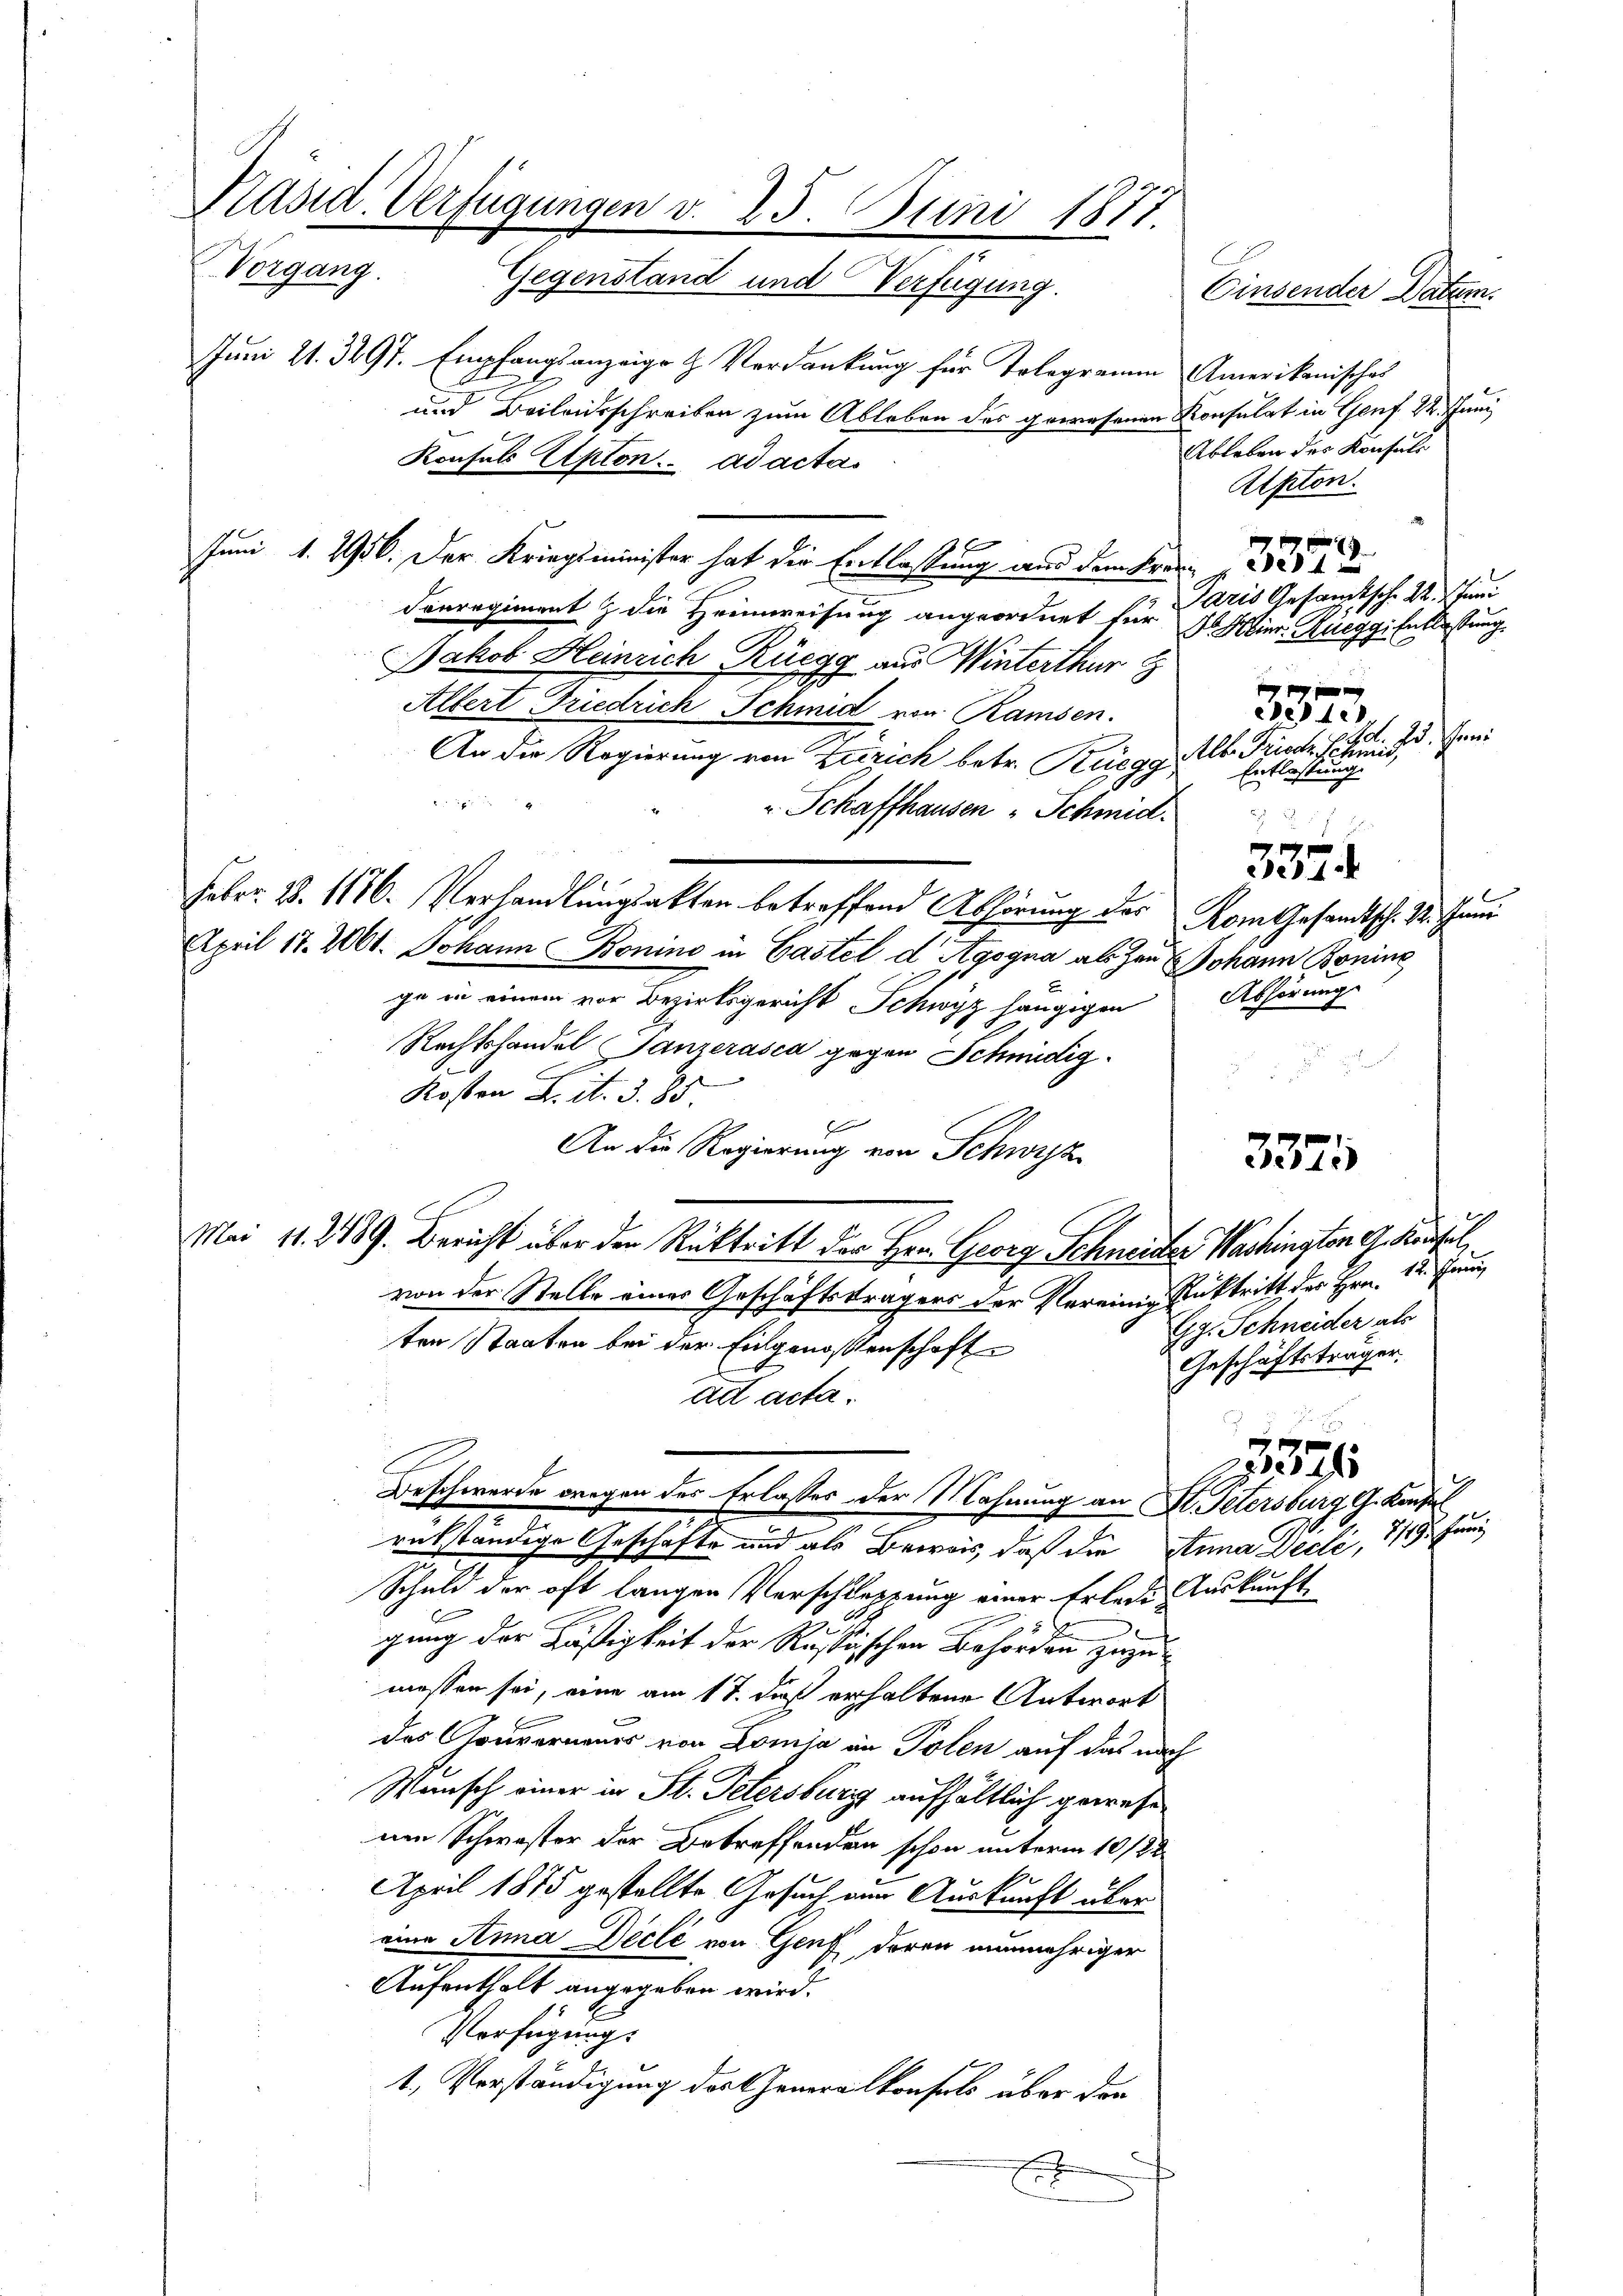
Präsid. Verfügungen v. 25. Juni 1871.
Vorgang. Gegenstand und Verfügung.
Juni 21. 397. Empfangsanzeige & Verdankung für Tologramm Amerikanisches
und Beileidsschreiben zum Ableben des gewesenen Konsulat in Genf 22. Juni
Konsuls Epton ad actas

Juni 1. 2956. Der Kriegsminister hat der Entlassung aus dem Krei
Derregiment & die Heimweisung angeordnet für Heinr. Rueggi Entlastung.
Jakob Heinrich Rüegg aus Winterthur
Albert Friedrich Schmid von Ramsen.
An die Regierung von Zürich betr. Rüegg,

" Schaffhausen Schmid.
Febr. 18. 1176. Verhandlungsakten betreffend Abhörung der Kom Gesandtsch. 24. Juni
April 17. 2061. Johann Bonino in Castel d Agogna als Zau Johann Bonine
2
ge in einem vor Bezirksgericht Schwyz hängigen
Rechtshandel Tanzerasca gegen Schnüdig
Kosten L. St. 3. 85.
x
An die Regierung von Schwyz
Mai 11. 2489. Bericht über der Rücktritt der Hrn. Georg Schneider Washington G. Kaufel
von der Stelle eines Geschäftsträgers der Vereinig Rücktritt des Hrn. 12. Juni
ten Staaten bei der Eingenossenschaft
ad acta.
Beschwerde wegen des Erlasses der Mahnung an Dr. Petersburg, G. Konse
rükständige Geschäfte und als Beweis, daß die Anna Dielé, 119. Juni
Schuld der oft langen Verschleppung einer Erleide Auskunft
5
gung der Kästigkeit der Russischen Behörden Herze
messen sei, eine am 17. daß erhaltene Antwort
des Gouverneurs von Domia an Polen auf das nach
Wunsch einer in St. Petersburg aufhältlich gewese
nen Schwester der Betreffenden schon unterm 10/22.
April 1875 gestellte Gesuch am Auskunft über
eine Anna Decle von Genf, deren nunmehriger
Aufenthalt angegeben wird.
Verfügung.
1., Verständigung des Generalkonfels über der
E
n

Einsender Datum.

Ableben des Konsuls
Apton.
Paris Gesamtsch. 22. Juni
3373.
F. Bd. Ihrer
Alb. Friede Schmid,
Entlassung.

Abhörung

u

337.

3371

d
Gg. Schneider als
Geschäftsträger

291